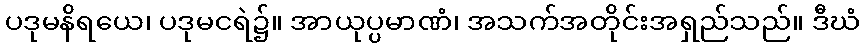
ပဒုမနိရယေ၊ ပဒုမငရဲ၌။ အာယုပ္ပမာဏံ၊ အသက်အတိုင်းအရှည်သည်။ ဒီဃံ